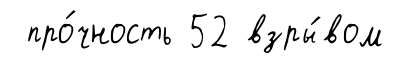
про́чность 52 взры́вом